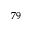
^ { 7 9 }